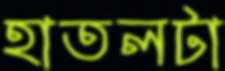
হাতলটা